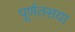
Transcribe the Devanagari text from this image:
पूर्णतसया